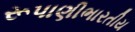
રૂપાણીભારતીય